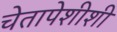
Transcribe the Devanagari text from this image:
चेतापेशीशी